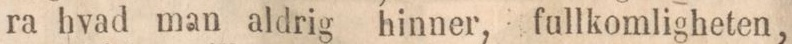
ra hvad man aldrig hinner, fullkomligheten,